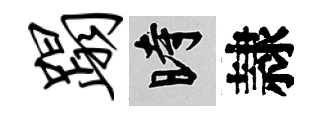
蹋时隷